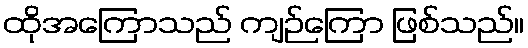
ထိုအကြောသည် ကျဉ်ကြော ဖြစ်သည်။